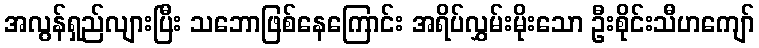
အလွန်ရှည်လျားပြီး သဘောဖြစ်နေကြောင်း အရိပ်လွှမ်းမိုးသော ဦးစိုင်းသီဟကျော်